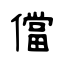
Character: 儅